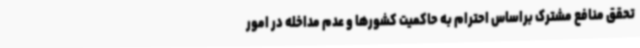
تحقق منافع مشترک براساس احترام به حاکمیت‌ کشورها و عدم مداخله در امور